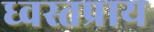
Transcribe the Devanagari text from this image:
ध्वस्तप्राय